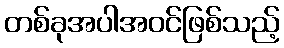
တစ်ခုအပါအဝင်ဖြစ်သည့်